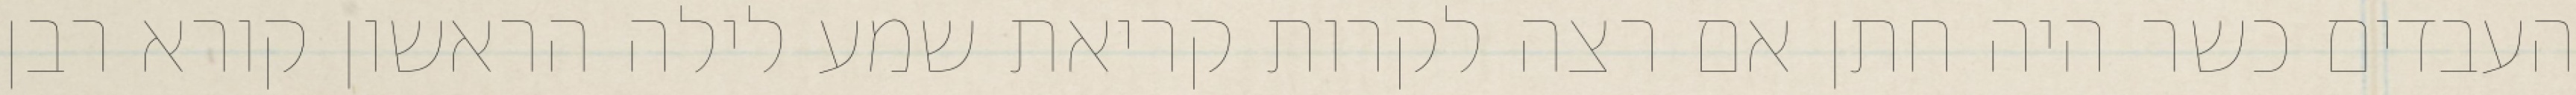
העבדים כשר היה חתן אם רצה לקרות קריאת שמע לילה הראשון קורא רבן